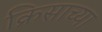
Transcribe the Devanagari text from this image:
क्रिसाच्या